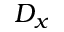
D _ { x }